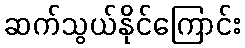
ဆက်သွယ်နိုင်ကြောင်း